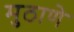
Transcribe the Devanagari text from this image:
मुठाणे